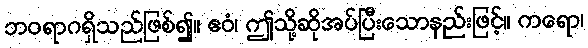
ဘဝရာဂရှိသည်ဖြစ်၍။ ဧဝံ၊ ဤသို့ဆိုအပ်ပြီးသောနည်းဖြင့်။ ကရော၊